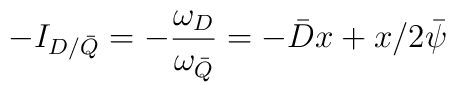
-I_{D/\bar Q}=  - \frac{\omega _{D}}{\omega _{\bar Q}}=-\bar{D}x+x/2\bar{\psi}